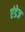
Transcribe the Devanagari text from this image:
एंडेज